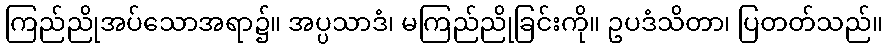
ကြည်ညိုအပ်သောအရာ၌။ အပ္ပသာဒံ၊ မကြည်ညိုခြင်းကို။ ဥပဒံသိတာ၊ ပြတတ်သည်။